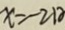
x = - 2 1 2